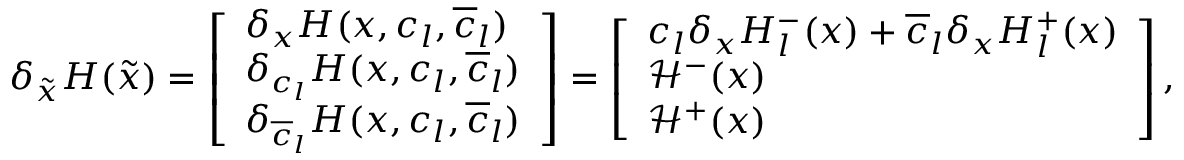
\begin{array} { r } { \delta _ { \tilde { x } } H ( \tilde { x } ) = \left[ \begin{array} { l } { \delta _ { x } H ( x , c _ { l } , \overline { { c } } _ { l } ) } \\ { \delta _ { c _ { l } } H ( x , c _ { l } , \overline { { c } } _ { l } ) } \\ { \delta _ { \overline { { c } } _ { l } } H ( x , c _ { l } , \overline { { c } } _ { l } ) } \end{array} \right] = \left[ \begin{array} { l } { c _ { l } \delta _ { x } H _ { l } ^ { - } ( x ) + \overline { { c } } _ { l } \delta _ { x } H _ { l } ^ { + } ( x ) } \\ { \mathcal { H } ^ { - } ( x ) } \\ { \mathcal { H } ^ { + } ( x ) } \end{array} \right] , } \end{array}